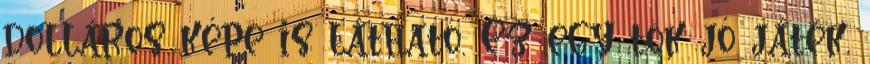
dolláros képe is látható. Ez egy tök jó játék,